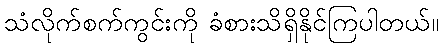
သံလိုက်စက်ကွင်းကို ခံစားသိရှိနိုင်ကြပါတယ်။